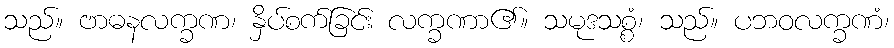
သည်။ ဗာဓနလက္ခဏ၊ နှိပ်စက်ခြင်း လက္ခဏာ၏။ သမုဒသစ္စံ၊ သည်။ ပဘဝလက္ခဏံ၊